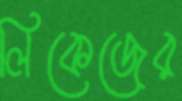
লিকেজের